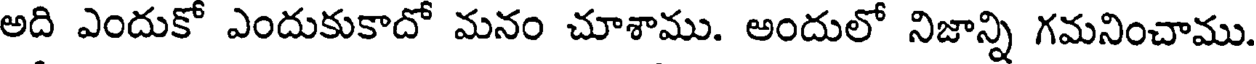
అది ఎందుకో ఎందుకుకాదో మనం చూశాము. అందులో నిజాన్ని గమనించాము.